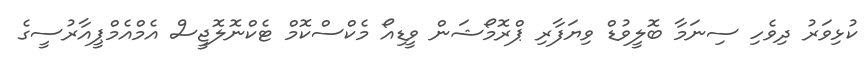
ކުޅިވަރު ދިވެހި ސިނަމާ ބޮލީވުޑް ވިޔަފާރި ޕްރޮމޯޝަން ވީޑިއޯ މެކްސްކޮމް ޓެކްނޮލޮޖީސް އެމްއެމްޕީއާރުސީގެ